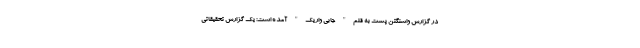
در گزارش واشنگتن پست به قلم" جابی واریک" آمده است: یک گزارش تحقیقاتی